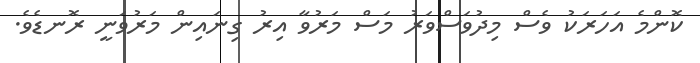
ކޮންމެ އަހަރަކު ވެސް މިދުވަސްވަރު މަސް މަރުވާ އިރު ގިނައިން މަރުވަނީ ރޮނޑެވެ.